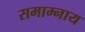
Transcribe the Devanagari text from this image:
समाम्नाय